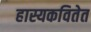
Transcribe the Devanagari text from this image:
हास्यकवितेत